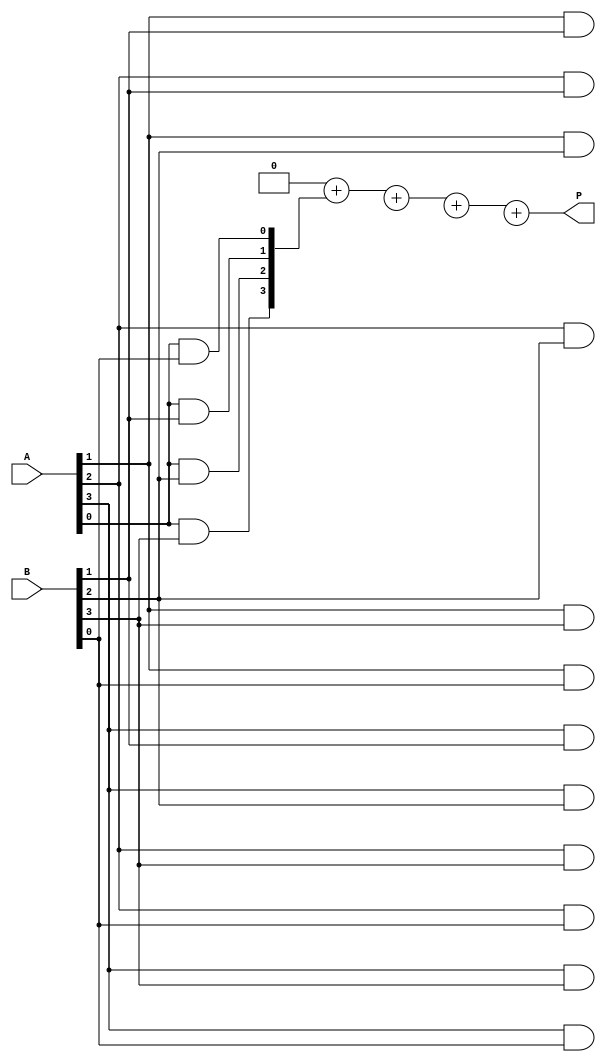
module vedic_multiplier #(parameter N = 4) (
    input  [N-1:0] A,  // First multiplicand
    input  [N-1:0] B,  // Second multiplicand
    output reg [2*N-1:0] P // Product output
);

    reg [2*N-1:0] partial_products [0:N-1]; // Array to hold partial products
    integer i, j;

    // Generate partial products
    always @(*) begin
        // Initialize product to zero
        P = 0;

        // Generate partial products
        for (i = 0; i < N; i = i + 1) begin
            for (j = 0; j < N; j = j + 1) begin
                // Each partial product is A[i] AND B[j], shifted by (i+j)
                partial_products[i][i+j] = A[i] & B[j];
            end
        end

        // Sum the partial products
        for (i = 0; i < N; i = i + 1) begin
            P = P + partial_products[i];
        end
    end

endmodule